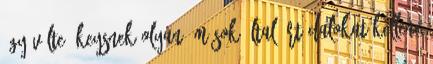
úgy vélte, Keysnek olyan, mások által írt dalokat kellene